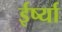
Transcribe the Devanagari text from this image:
ईर्ष्‍या